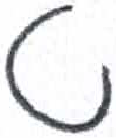
אות: ט